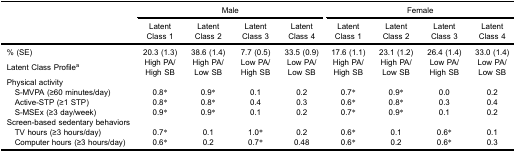
<table><thead><tr><td rowspan="3"><b> </b></td><td colspan="4"><b>Male</b></td><td colspan="4"><b>Female</b></td></tr><tr><td><b>LatentClass 1</b></td><td><b>LatentClass 2</b></td><td><b>LatentClass 3</b></td><td><b>LatentClass 4</b></td><td><b>LatentClass 1</b></td><td><b>LatentClass 2</b></td><td><b>LatentClass 3</b></td><td><b>LatentClass 4</b></td></tr></thead><tbody><tr><td>% (SE)</td><td>20.3 (1.3)</td><td>38.6 (1.4)</td><td>7.7 (0.5)</td><td>33.5 (0.9)</td><td>17.6 (1.1)</td><td>23.1 (1.2)</td><td>26.4 (1.4)</td><td>33.0 (1.4)</td></tr><tr><td>Latent Class Profile<sup>a</sup></td><td>High PA/High SB</td><td>High PA/Low SB</td><td>Low PA/High SB</td><td>Low PA/Low SB</td><td>High PA/High SB</td><td>High PA/Low SB</td><td>Low PA/High SB</td><td>Low PA/Low SB</td></tr><tr><td>Physical activity</td><td> </td><td> </td><td> </td><td> </td><td> </td><td> </td><td> </td><td> </td></tr><tr><td> S-MVPA (≥60 minutes/day)</td><td>0.8*</td><td>0.9*</td><td>0.1</td><td>0.2</td><td>0.7*</td><td>0.9*</td><td>0.0</td><td>0.2</td></tr><tr><td> Active-STP (≥1 STP)</td><td>0.8*</td><td>0.8*</td><td>0.4</td><td>0.3</td><td>0.6*</td><td>0.8*</td><td>0.3</td><td>0.4</td></tr><tr><td> S-MSEx (≥3 day/week)</td><td>0.9*</td><td>0.9*</td><td>0.1</td><td>0.2</td><td>0.7*</td><td>0.9*</td><td>0.1</td><td>0.2</td></tr><tr><td>Screen-based sedentary behaviors</td><td> </td><td> </td><td> </td><td> </td><td> </td><td> </td><td> </td><td> </td></tr><tr><td> TV hours (≥3 hours/day)</td><td>0.7*</td><td>0.1</td><td>1.0*</td><td>0.2</td><td>0.6*</td><td>0.1</td><td>0.6*</td><td>0.1</td></tr><tr><td> Computer hours (≥3 hours/day)</td><td>0.6*</td><td>0.2</td><td>0.7*</td><td>0.48</td><td>0.6*</td><td>0.2</td><td>0.6*</td><td>0.3</td></tr></tbody></table>